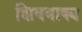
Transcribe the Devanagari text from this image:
शिववाक्य